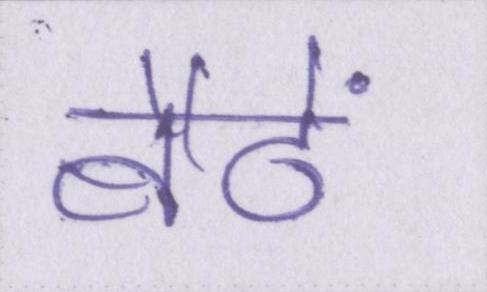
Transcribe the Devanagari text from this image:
बैठें